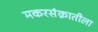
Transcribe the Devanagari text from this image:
मकरसंक्रातीला